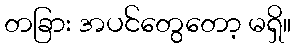
တခြား အပင်တွေတော့ မရှိ။